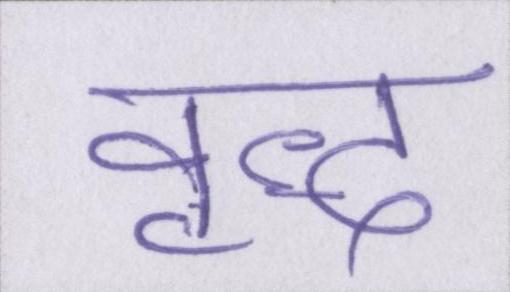
वृद्ध